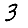
Digit: 3